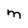
Character: M